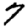
Digit: 7